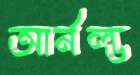
আর্নল্ড